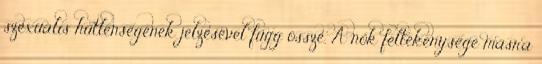
szexuális hűtlenségének jelzésével függ össze. A nők féltékenysége másra